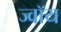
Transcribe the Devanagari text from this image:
ज्वॉय